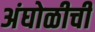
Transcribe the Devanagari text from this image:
अंघोळीची